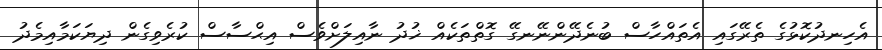
އެހިނދުކޮޅުގެ ތެރޭގައި އެތައްހާސް ބުނެދޭންނޭނގޭ ގޮތްތަކެއް ޚުދު ނާއިލަށްވެސް އިޙްސާސް ކުރެވިގެން ދިޔަކަމާއިމެދު